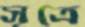
সূত্রে